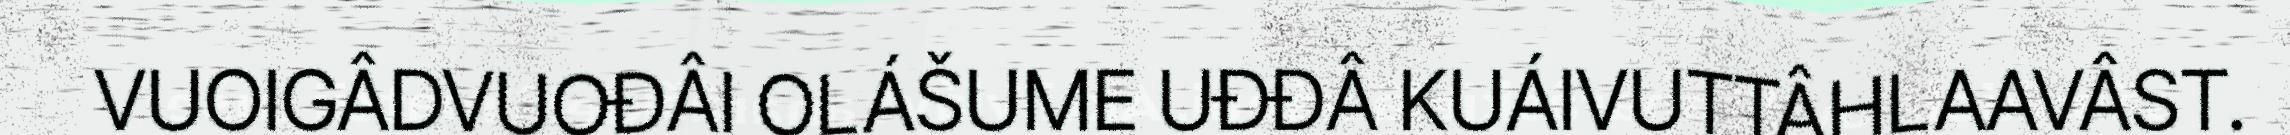
VUOIGÂDVUOĐÂI OLÁŠUME UĐĐÂ KUÁIVUTTÂHLAAVÂST.